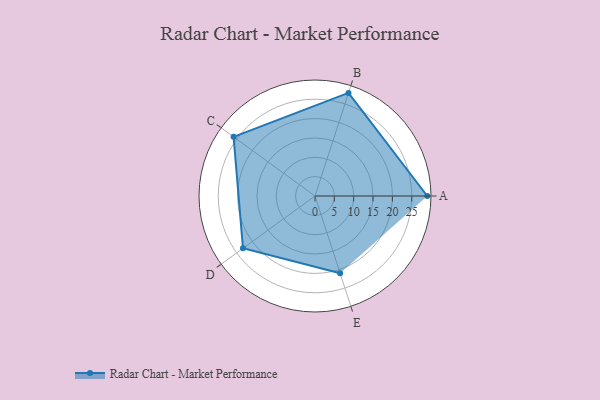
{"axis": {"x": "Skill", "y": "Score"}, "legend": ["Profile"], "data": [{"x": "A", "y": 29.0, "type": "Profile"}, {"x": "B", "y": 28.0, "type": "Profile"}, {"x": "C", "y": 26.0, "type": "Profile"}, {"x": "D", "y": 23.0, "type": "Profile"}, {"x": "E", "y": 21.0, "type": "Profile"}]}